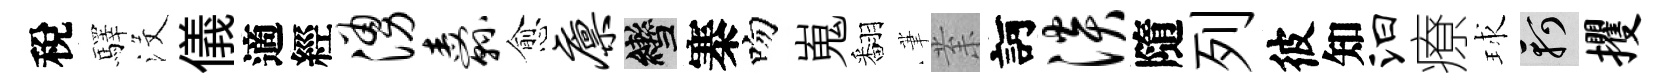
稅驛沒儀適經涌纛愈廪轡寨吻嵬翻茟𭪙訶淡隨列彼知汩療球軻攫